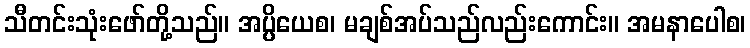
သီတင်းသုံးဖော်တို့သည်။ အပ္ပိယေစ၊ မချစ်အပ်သည်လည်းကောင်း။ အမနာပေါစ၊